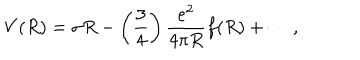
V ( R ) = \sigma R - \left( \frac { 3 } { 4 } \right) \frac { e ^ { 2 } } { 4 \pi R } f ( R ) + \cdots ,